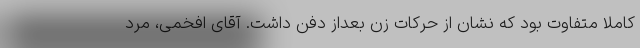
کاملا متفاوت بود که نشان از حرکات زن بعداز دفن داشت. آقای افخمی، مرد